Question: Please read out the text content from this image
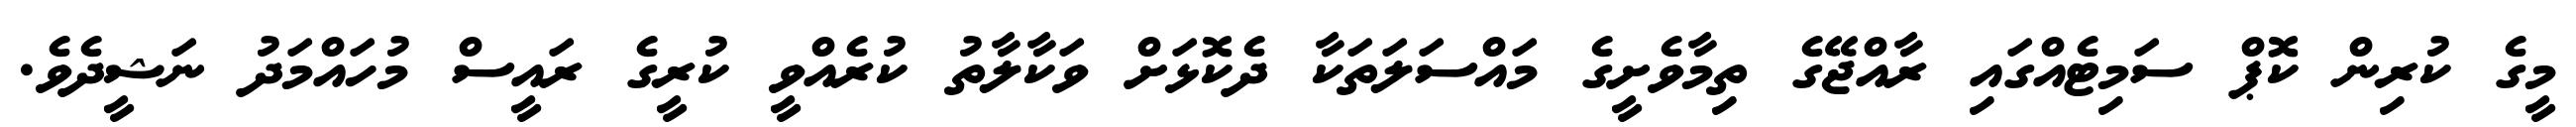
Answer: މީގެ ކުރިން ކޮޕް ސަމިޓެއްގައި ރާއްޖޭގެ ތިމާވެށީގެ މައްސަލަތަކާ ދެކޮޅަށް ވަކާލާތު ކުރެއްވީ ކުރީގެ ރައީސް މުހައްމަދު ނަޝީދެވެ.